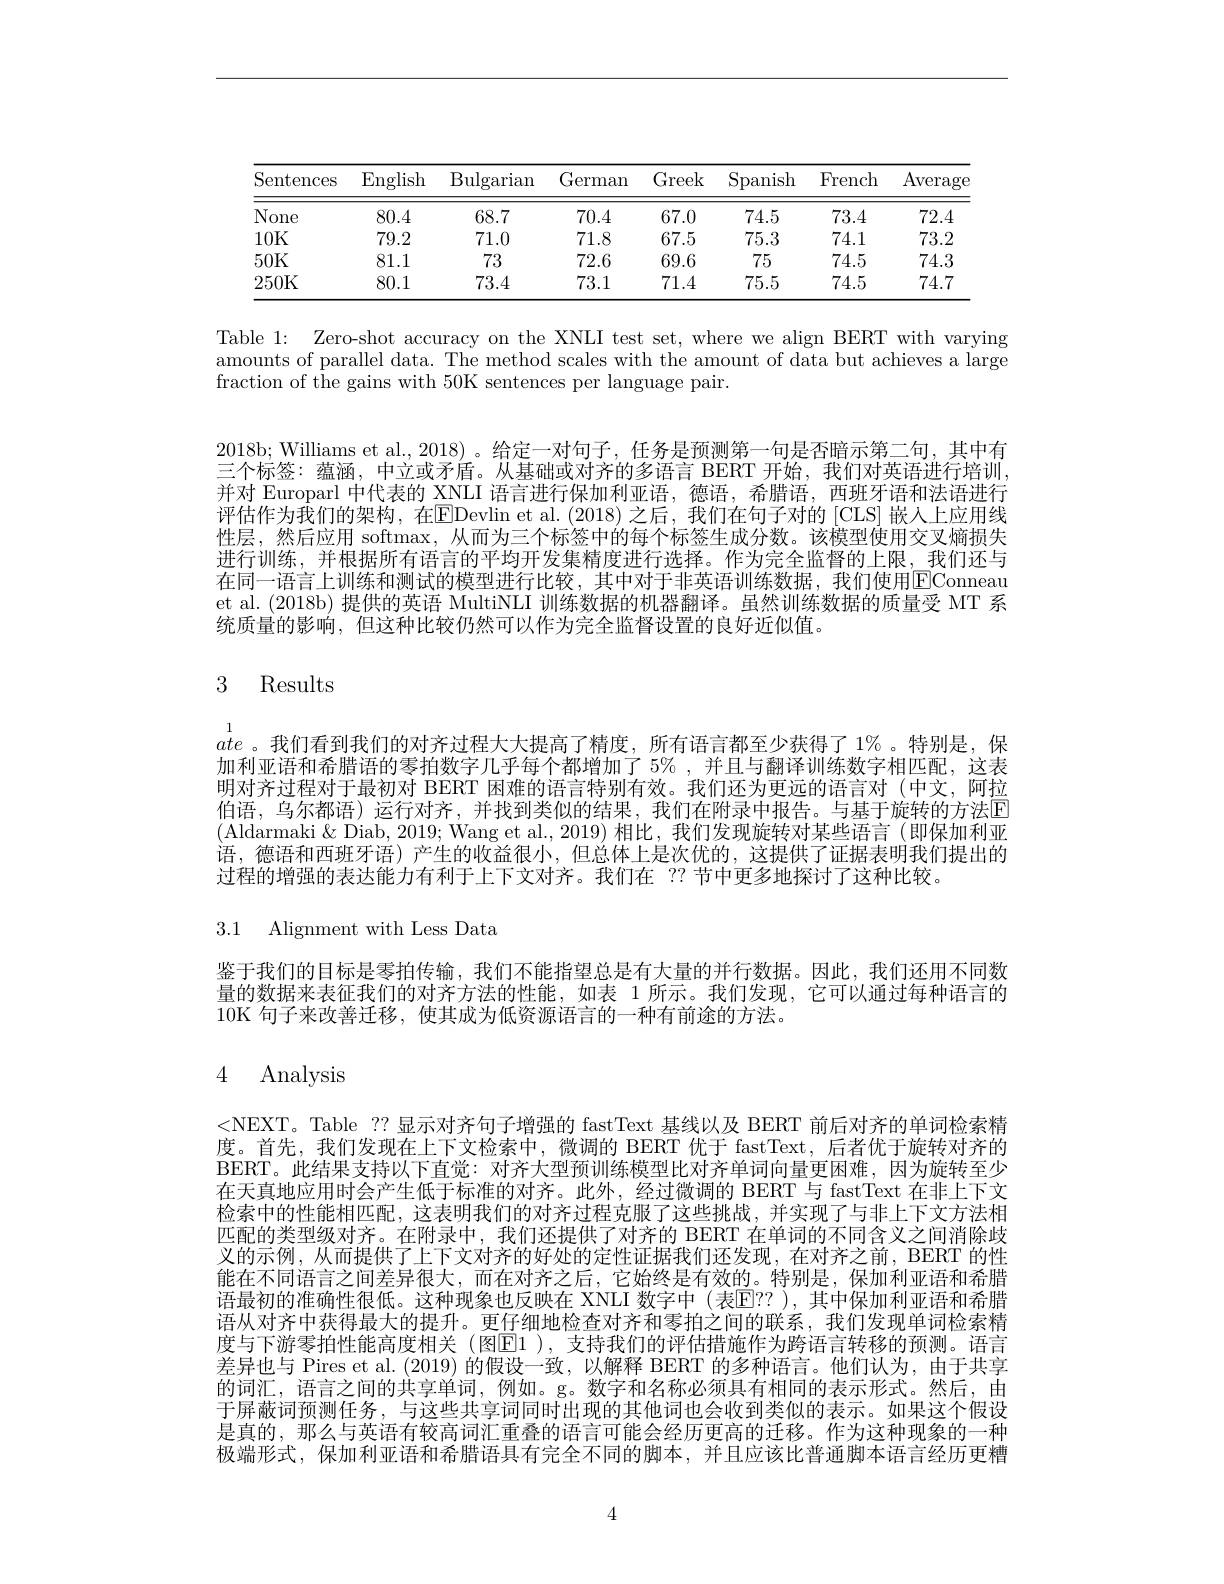
<table>
	<tbody>
		<tr>
			<th>Sentences</th>
			<th>English</th>
			<th>$\operatorname{Bulgarian}$</th>
			<th>German</th>
			<th>Greek</th>
			<th>Spanish</th>
			<th>French</th>
			<th>$\operatorname{Averag\epsilon}$</th>
		</tr>
		<tr>
			<td>None</td>
			<td>80.4</td>
			<td>68.7</td>
			<td>70.4</td>
			<td>67.0</td>
			<td>74.5</td>
			<td>73.4</td>
			<td>72.4</td>
		</tr>
		<tr>
			<td>10K</td>
			<td>79.2</td>
			<td>71.0</td>
			<td>71.8</td>
			<td>67.5</td>
			<td>75.3</td>
			<td>74.1</td>
			<td>73.2</td>
		</tr>
		<tr>
			<td>50K</td>
			<td>81.1</td>
			<td>73</td>
			<td>72.6</td>
			<td>69.6</td>
			<td>75</td>
			<td>74.5</td>
			<td>74.3</td>
		</tr>
		<tr>
			<td>250K</td>
			<td>80.1</td>
			<td>73.4</td>
			<td>73.1</td>
			<td>71.4</td>
			<td>75.5</td>
			<td>74.5</td>
			<td>74.7</td>
		</tr>
	</tbody>
</table>

Table 1: Zero-shot accuracy on the XNLI test set, where we align BERT with varying amounts of parallel data. The method scales with the amount of data but achieves a large fraction of the gains with 50K sentences per language pair.

2018b; Williams et al., 2018)。给定一对句子，任务是预测第一句是否暗示第二句，其中有三个标签：蕴涵，中立或矛盾。从基础或对齐的多语言 BERT 开始，我们对英语进行培训， 并对 Europarl 中代表的 XNLI 语言进行保加利亚语，德语，希腊语，西班牙语和法语进行评估作为我们的架构，在$\overline\text{EDevlin et al.(2018)之后，我们在句子对的[CLS]嵌人上应用线}$ 性层，然后应用 softmax, 从而为三个标签中的每个标签生成分数。该模型使用交叉熵损失进行训练，并根据所有语言的平均开发集精度进行选择。作为完全监督的上限，我们还与在同一语言上训练和测试的模型进行比较，其中对于非英语训练数据，我们使用$\color{red}{\mathrm{EConneau}}$ et al. (2018b) 提供的英语 MultiNLI 训练数据的机器翻译。虽然训练数据的质量受 MT 系统质量的影响，但这种比较仍然可以作为完全监督设置的良好近似值。

# 3 Results

1
ate 。我们看到我们的对齐过程大大提高了精度，所有语言都至少获得了1%。特别是，保加利亚语和希腊语的零拍数字几乎每个都增加了$5\%$ ,并且与翻译训练数字相匹配，这表明对齐过程对于最初对 BERT 困难的语言特别有效。我们还为更远的语言对 (中文，阿拉伯语，乌尔都语)运行对齐，并找到类似的结果，我们在附录中报告。与基于旋转的方法区(Aldarmaki& Diab, 2019; Wang et al., 2019) 相比，我们发现旋转对某些语言 (即保加利亚语，德语和西班牙语)产生的收益很小，但总体上是次优的，这提供了证据表明我们提出的过程的增强的表达能力有利于上下文对齐。我们在 ??节中更多地探讨了这种比较。

3.1 Alignment with Less Data

鉴于我们的目标是零拍传输，我们不能指望总是有大量的并行数据。因此，我们还用不同数量的数据来表征我们的对齐方法的性能，如表 1 所示。我们发现，它可以通过每种语言的10K 句子来改善迁移，使其成为低资源语言的一种有前途的方法。

# 4 Analysis

<NEXT。Table ??显示对齐句子增强的 fastText 基线以及 BERT 前后对齐的单词检索精度。首先，我们发现在上下文检索中，微调的 BERT 优于 fastText,后者优于旋转对齐的BERT。此结果支持以下直觉：对齐大型预训练模型比对齐单词向量更困难，因为旋转至少在天真地应用时会产生低于标准的对齐。此外，经过微调的 BERT 与 fastText 在非上下文检索中的性能相匹配，这表明我们的对齐过程克服了这些挑战，并实现了与非上下文方法相匹配的类型级对齐。在附录中，我们还提供了对齐的 BERT 在单词的不同含义之间消除歧义的示例，从而提供了上下文对齐的好处的定性证据我们还发现，在对齐之前，BERT 的性能在不同语言之间差异很大，而在对齐之后，它始终是有效的。特别是，保加利亚语和希腊语最初的准确性很低。这种现象也反映在 XNLI 数字中(表$\overline{\mathrm{E}}??$ ),其中保加利亚语和希腊语从对齐中获得最大的提升。更仔细地检查对齐和零拍之间的联系，我们发现单词检索精度与下游零拍性能高度相关(图$\operatorname{E1}$ ),支持我们的评估措施作为跨语言转移的预测。语言差异也与 Pires et al. (2019) 的假设一致，以解释 BERT 的多种语言。他们认为，由于共享的词汇，语言之间的共享单词，例如。g。数字和名称必须具有相同的表示形式。然后，由于屏蔽词预测任务，与这些共享词同时出现的其他词也会收到类似的表示。如果这个假设是真的，那么与英语有较高词汇重叠的语言可能会经历更高的迁移。作为这种现象的一种极端形式，保加利亚语和希腊语具有完全不同的脚本，并且应该比普通脚本语言经历更糟

4